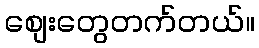
စျေးတွေတက်တယ်။